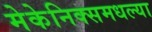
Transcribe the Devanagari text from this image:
मेकेनिक्समधल्या